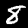
Digit: 8